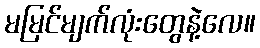
မမြင်မျက်လုံးတွေနဲ့လေ။